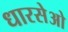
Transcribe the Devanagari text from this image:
धारसेओ